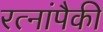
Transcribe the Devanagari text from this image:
रत्नांपैकी